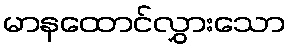
မာနထောင်လွှားသော